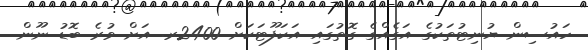
ހައުސިން ޔުނިޓުތަކުގެެ އަގެއްގެ ގޮތުގައި އަކަފޫޓަކަށް 2400ރ. އަށް ވުރެ ބޮޑު ނޫން